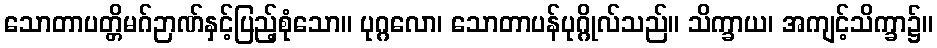
သောတာပတ္တိမဂ်ဉာဏ်နှင့်ပြည့်စုံသော။ ပုဂ္ဂလော၊ သောတာပန်ပုဂ္ဂိုလ်သည်။ သိက္ခာယ၊ အကျင့်သိက္ခာ၌။